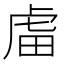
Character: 𧆨